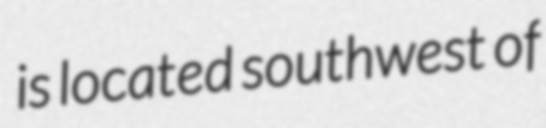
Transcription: is located southwest of